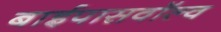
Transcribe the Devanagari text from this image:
बाईपासवॉल्व